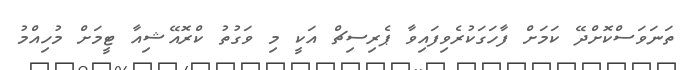
ތަނަވަސްކޮށްދޭ ކަމަށް ފާހަގަކުރެވިފައިވާ ޕެރިސިޗް އަކީ މި ވަގުތު ކްރޮއޭޝިއާ ޓީމަށް މުހިއްމު